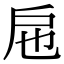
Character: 㦾